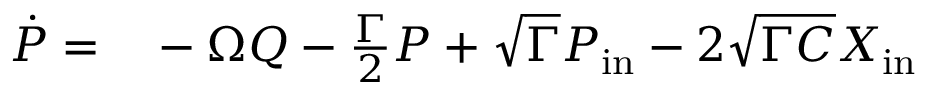
\begin{array} { r l } { \dot { P } = } & { { } - \Omega Q - \frac { \Gamma } { 2 } P + \sqrt { \Gamma } P _ { \mathrm { i n } } - 2 \sqrt { \Gamma C } X _ { \mathrm { i n } } } \end{array}